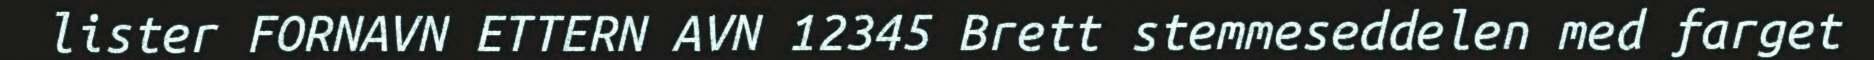
lister FORNAVN ETTERN AVN 12345 Brett stemmeseddelen med farget